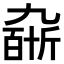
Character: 𠄆